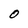
Character: O